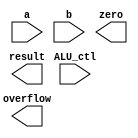
`timescale 1ns / 1ps
// <your student id>

/* Copy your ALU (and its components) from Lab 1 */
module alu (
    input  [31:0] a,        // 32 bits, source 1 (A)
    input  [31:0] b,        // 32 bits, source 2 (B)
    input  [ 3:0] ALU_ctl,  // 4 bits, ALU control input
    output [31:0] result,   // 32 bits, result
    output        zero,     // 1 bit, set to 1 when the output is 0
    output        overflow  // 1 bit, overflow
);
endmodule